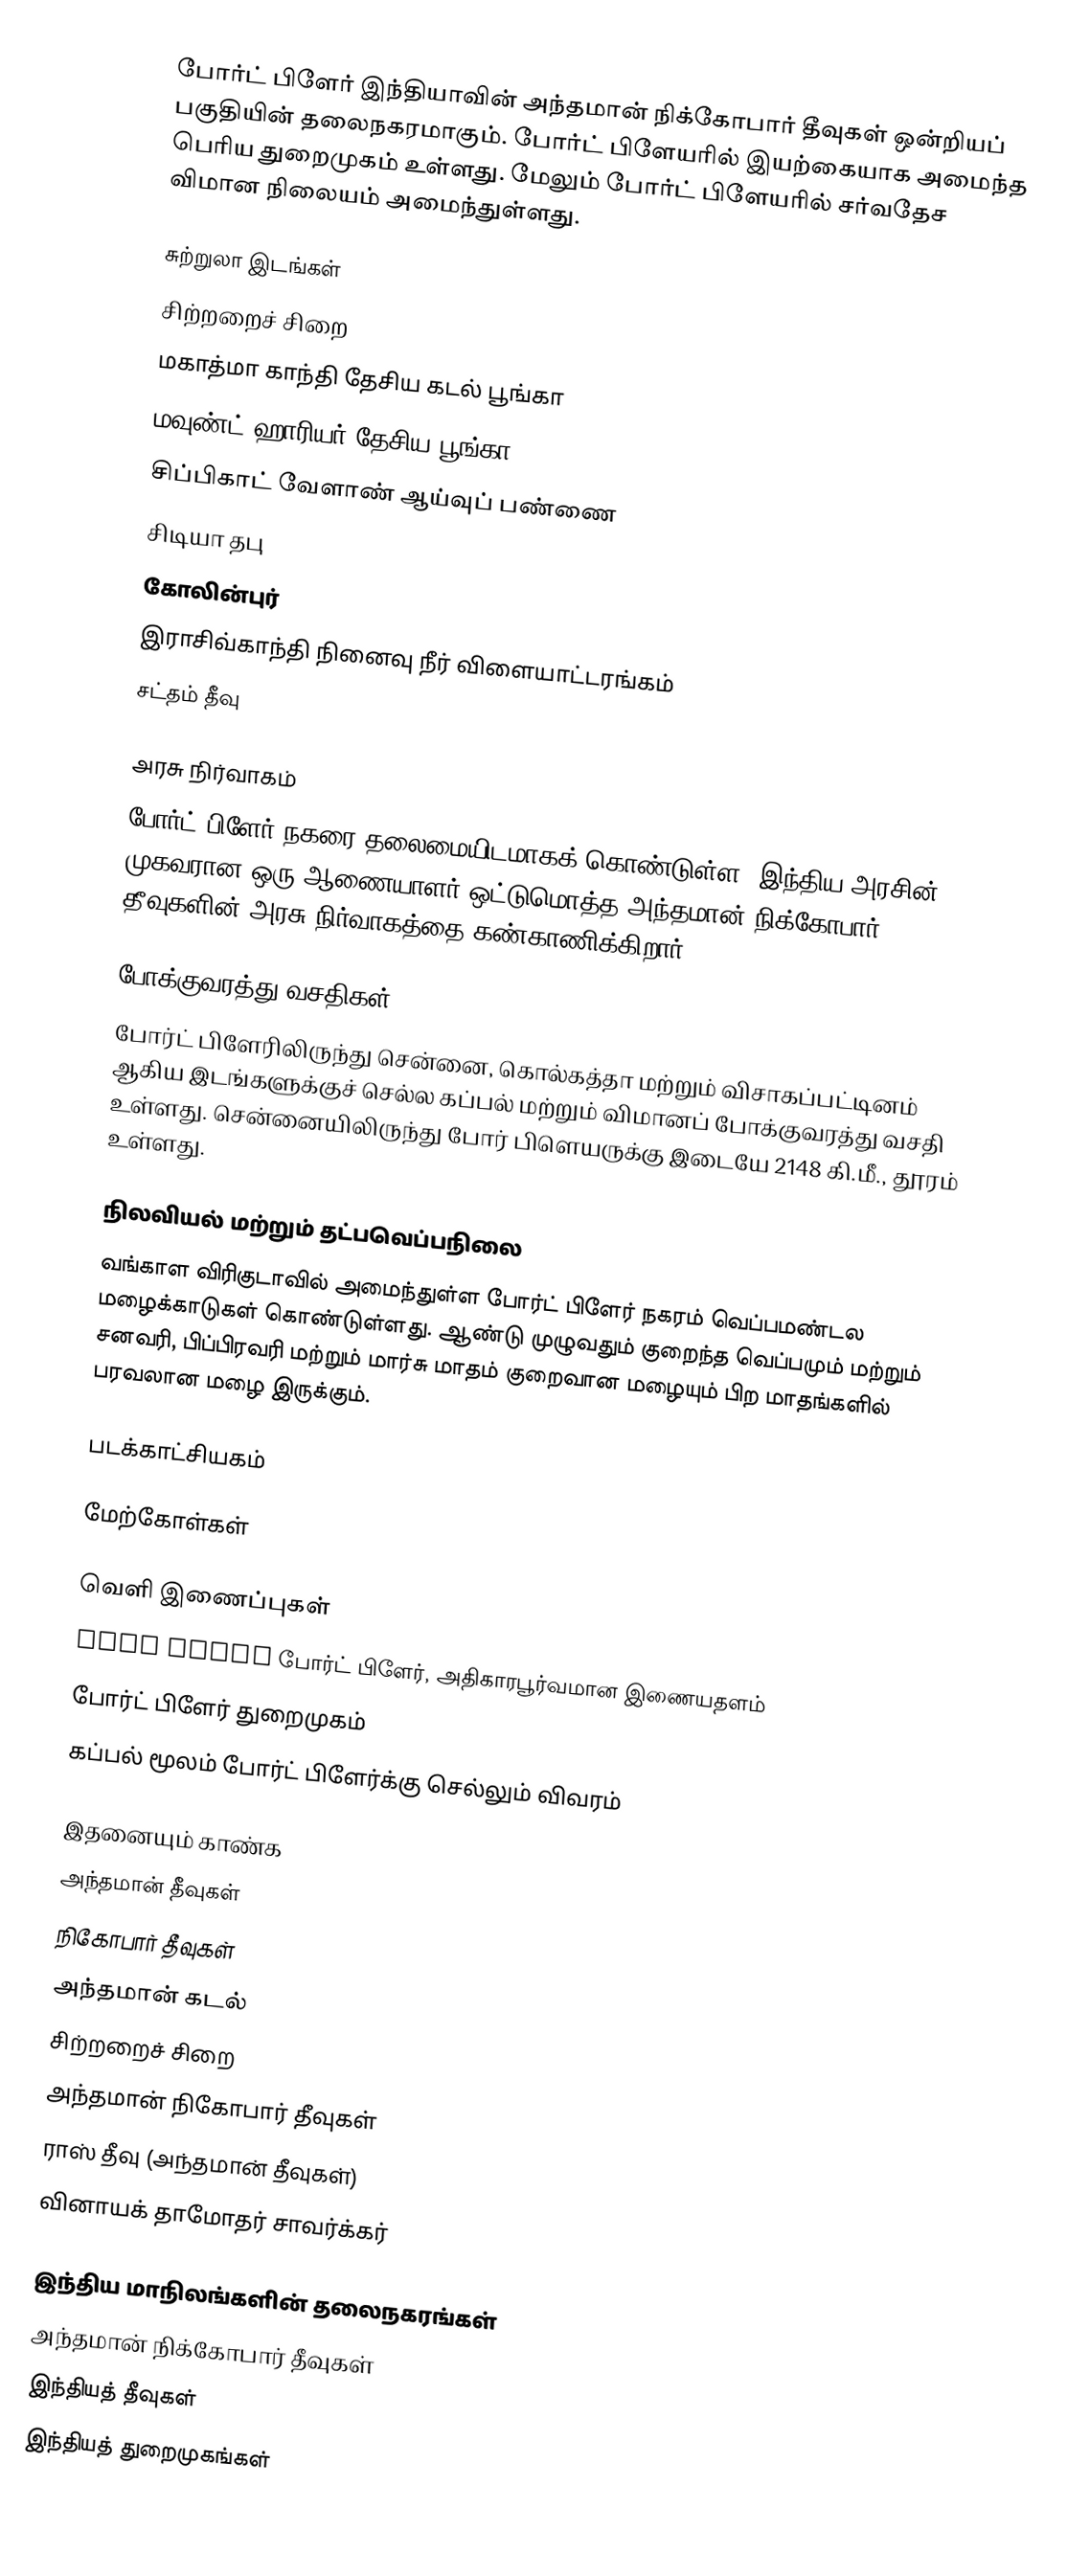
போர்ட் பிளேர் இந்தியாவின் அந்தமான் நிக்கோபார் தீவுகள் ஒன்றியப் பகுதியின் தலைநகரமாகும். போர்ட் பிளேயரில் இயற்கையாக அமைந்த பெரிய துறைமுகம் உள்ளது. மேலும் போர்ட் பிளேயரில் சர்வதேச விமான நிலையம் அமைந்துள்ளது.

சுற்றுலா இடங்கள்
 சிற்றறைச் சிறை
 மகாத்மா காந்தி தேசிய கடல் பூங்கா
 மவுண்ட் ஹாரியர் தேசிய பூங்கா
 சிப்பிகாட் வேளாண் ஆய்வுப் பண்ணை
 சிடியா தபு
 கோலின்புர்
 இராசிவ்காந்தி நினைவு நீர் விளையாட்டரங்கம்
 சட்தம் தீவு

அரசு நிர்வாகம்
போர்ட் பிளேர் நகரை தலைமையிடமாகக் கொண்டுள்ள, இந்திய அரசின் முகவரான ஒரு ஆணையாளர் ஒட்டுமொத்த அந்தமான் நிக்கோபார் தீவுகளின் அரசு நிர்வாகத்தை கண்காணிக்கிறார்.

போக்குவரத்து வசதிகள்
போர்ட் பிளேரிலிருந்து சென்னை, கொல்கத்தா மற்றும் விசாகப்பட்டினம் ஆகிய இடங்களுக்குச் செல்ல கப்பல் மற்றும் விமானப் போக்குவரத்து வசதி உள்ளது. சென்னையிலிருந்து போர் பிளெயருக்கு இடையே 2148 கி.மீ., தூரம் உள்ளது.

நிலவியல் மற்றும் தட்பவெப்பநிலை
வங்காள விரிகுடாவில் அமைந்துள்ள போர்ட் பிளேர் நகரம் வெப்பமண்டல மழைக்காடுகள் கொண்டுள்ளது. ஆண்டு முழுவதும் குறைந்த வெப்பமும் மற்றும் சனவரி, பிப்பிரவரி மற்றும் மார்சு மாதம் குறைவான மழையும் பிற மாதங்களில் பரவலான மழை இருக்கும்.

படக்காட்சியகம்

மேற்கோள்கள்

வெளி இணைப்புகள்
 Port Blair போர்ட் பிளேர், அதிகாரபூர்வமான இணையதளம்
 போர்ட் பிளேர் துறைமுகம்
 கப்பல் மூலம் போர்ட் பிளேர்க்கு செல்லும் விவரம்

இதனையும் காண்க
 அந்தமான் தீவுகள்
 நிகோபார் தீவுகள்
 அந்தமான் கடல்
 சிற்றறைச் சிறை
 அந்தமான் நிகோபார் தீவுகள்
 ராஸ் தீவு (அந்தமான் தீவுகள்)
 வினாயக் தாமோதர் சாவர்க்கர்

இந்திய மாநிலங்களின் தலைநகரங்கள்
அந்தமான் நிக்கோபார் தீவுகள்
இந்தியத் தீவுகள்
இந்தியத் துறைமுகங்கள்